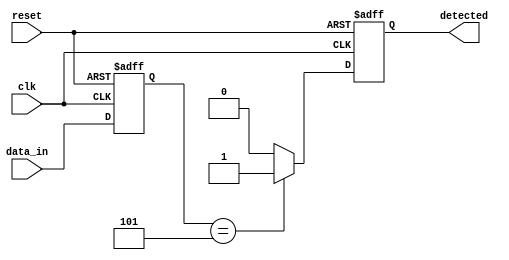
module pattern_detector (
    input wire clk,            // Clock signal
    input wire reset,          // Reset signal
    input wire [2:0] data_in,  // 3-bit input data
    output reg detected        // Output signal indicating pattern detection
);

    // Define the state register (3 flip-flops for 3-bit state)
    reg [2:0] state;

    // Define the desired pattern (for example, the pattern '101')
    parameter PATTERN = 3'b101;

    // Sequential logic: flip-flops to store the state
    always @(posedge clk or posedge reset) begin
        if (reset) begin
            state <= 3'b000;    // Reset state
            detected <= 1'b0;   // Reset detection signal
        end else begin
            state <= {state[1:0], data_in}; // Shift in the new data
            // Check for pattern detection
            if (state == PATTERN) begin
                detected <= 1'b1; // Pattern detected
            end else begin
                detected <= 1'b0; // Pattern not detected
            end
        end
    end

endmodule